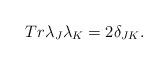
LaTeX: \begin{align*}Tr\lambda_J\lambda_K=2\delta_{JK}.\end{align*}